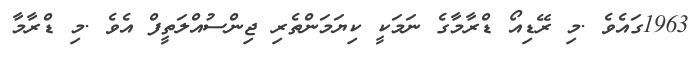
1963ގައެވެ .މި ރޭޑިއޯ ޑްރާމާގެ ނަމަކީ ކިޔަމަންތެރި ޖިންސުއްލަތީފް އެވެ .މި ޑްރާމާ